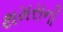
થમસની